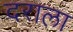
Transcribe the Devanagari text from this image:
दराला